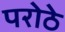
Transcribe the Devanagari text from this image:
परोठे